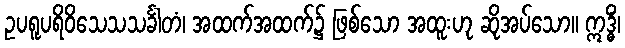
ဥပရူပရိဝိသေသသင်္ခါတံ၊ အထက်အထက်၌ ဖြစ်သော အထူးဟု ဆိုအပ်သော။ ဣဒ္ဓိံ၊